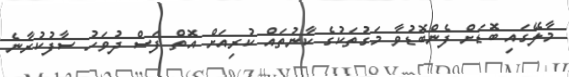
މާލޭގައި ބޮޑަށް ފެންބޮޑުވާ މަގުތަކުގެ ކާނުތައް ކުރިއަށް އޮތް ފަސް ދުވަހު ސާފުކުރާނެ